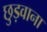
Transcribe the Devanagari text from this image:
छुड़वाना